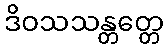
ဒိဝသသန္တတ္တေ